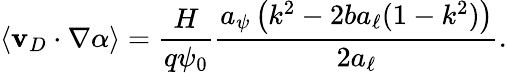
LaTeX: \langle\mathbf{v}_{D}\cdot\nabla\alpha\rangle=\frac{H}{q\psi_{0}}\frac{a_{\psi}\left(k^{2}-2ba_{\ell}(1-k^{2})\right)}{2a_{\ell}}.